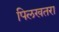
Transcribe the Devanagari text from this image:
पिलखतरा